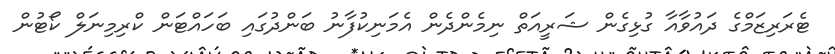
ޓެރަރިޒަމްގެ ދައުވާއާ ގުޅިގެން ޝަރީއަތް ނިމެންދެން އެމަނިކުފާނު ބަންދުގައި ބަހައްޓަން ކްރިމިނަލް ކޯޓުން